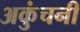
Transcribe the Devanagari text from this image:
अकुंचनी